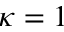
\kappa = 1